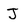
Character: J